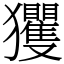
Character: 玃